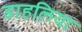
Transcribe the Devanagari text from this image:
डाहलिया